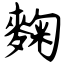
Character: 麴